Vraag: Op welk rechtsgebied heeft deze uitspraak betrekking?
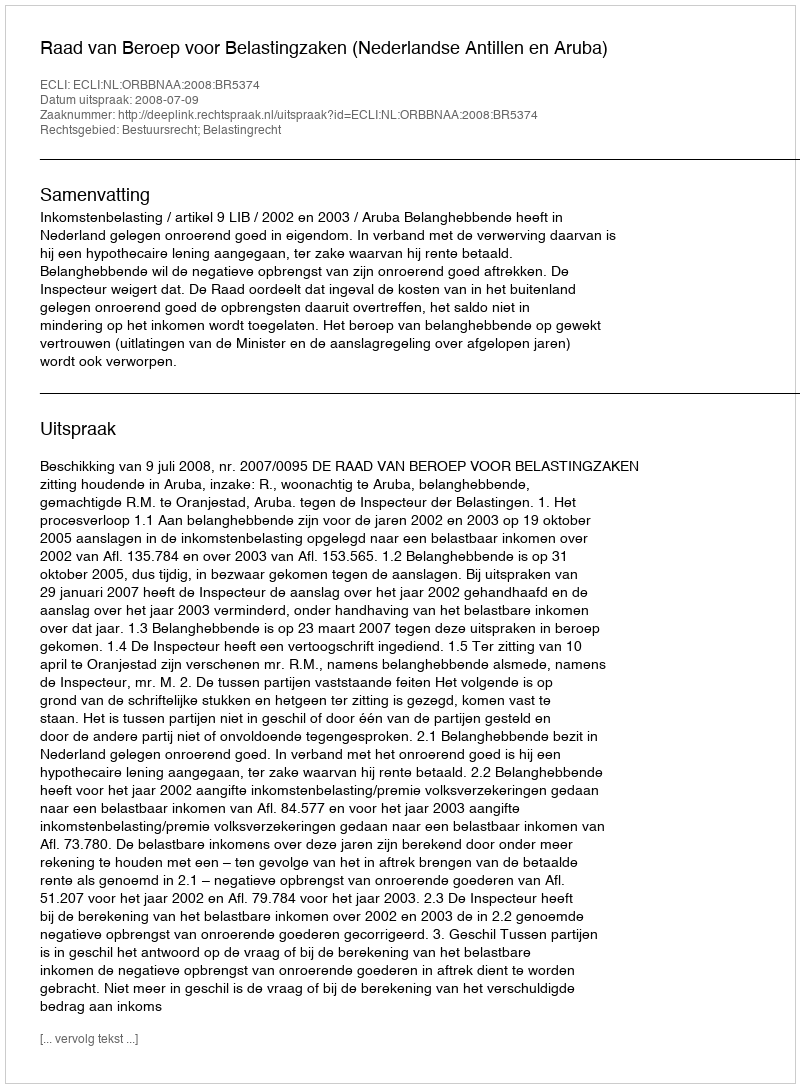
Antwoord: Bestuursrecht; Belastingrecht